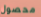
محصول